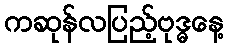
ကဆုန်လပြည့်ဗုဒ္ဓနေ့